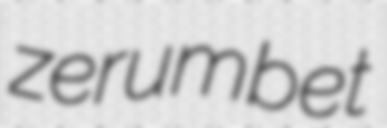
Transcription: zerumbet